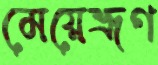
মেয়েভ্রূণ